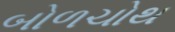
બોળચોથ